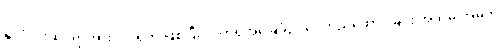
နိုင်ငံလုံးဆိုင်ရာအားလပ်ရက် ဖြစ်ပြီး လက်ရှိအခြေခံဥပဒေတည်ထောင်ခြင်း အထိမ်းအမှတ်